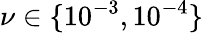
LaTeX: \nu\in\{ 10^{-3},10^{-4}\}